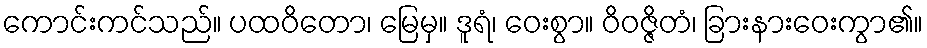
ကောင်းကင်သည်။ ပထဝိတော၊ မြေမှ။ ဒူရံ၊ ဝေးစွာ။ ဝိဝဇ္ဇိတံ၊ ခြားနားဝေးကွာ၏။